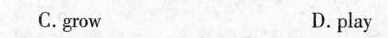
C.grow D. play